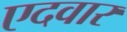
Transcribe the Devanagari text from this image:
एदवार